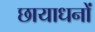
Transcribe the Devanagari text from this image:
छायाधनों